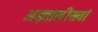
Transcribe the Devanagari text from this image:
अड़तालीसवां